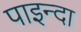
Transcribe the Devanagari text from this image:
पाइन्दा